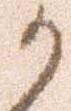
か